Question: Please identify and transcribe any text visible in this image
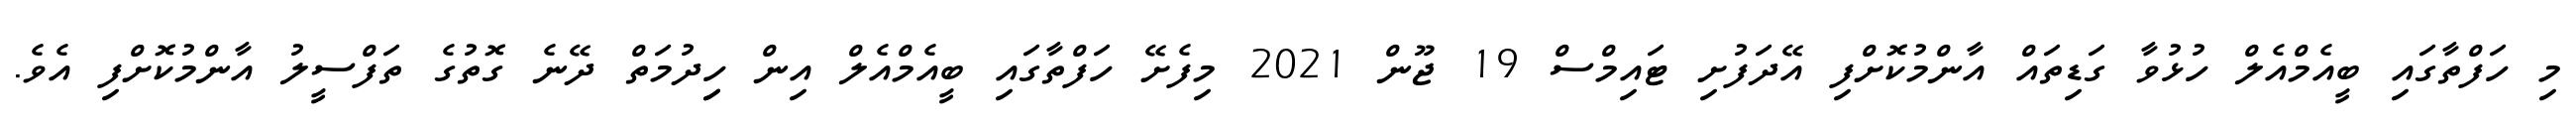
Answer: މި ހަފްތާގައި ބީއެމްއެލް ހުޅުވާ ގަޑިތައް އާންމުކޮށްފި އޭދަފުށި ޓައިމްސް 19 ޖޫން 2021 މިފެށޭ ހަފްތާގައި ބީއެމްއެލް އިން ހިިދުމަތް ދޭނެ ގޮތުގެ ތަފްސީލު އާންމުކޮށްފި އެވެ.